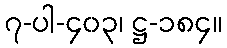
၇-ပါ-၄၀၃၊ ဋ္ဌ-၁၈၄။